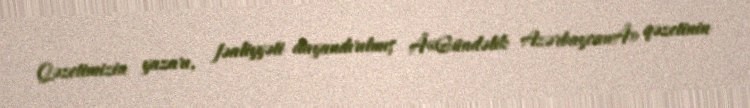
Qəzetimizin yazarı, fəaliyyəti dayandırılmış Â«Gündəlik AzərbaycanÂ» qəzetinin